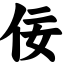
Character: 佞